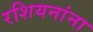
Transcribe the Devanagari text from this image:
रशियनांना